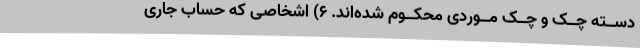
دســته چــک و چــک مــوردی محکــوم شده‌اند. ۶) اشخاصی که حساب جاری